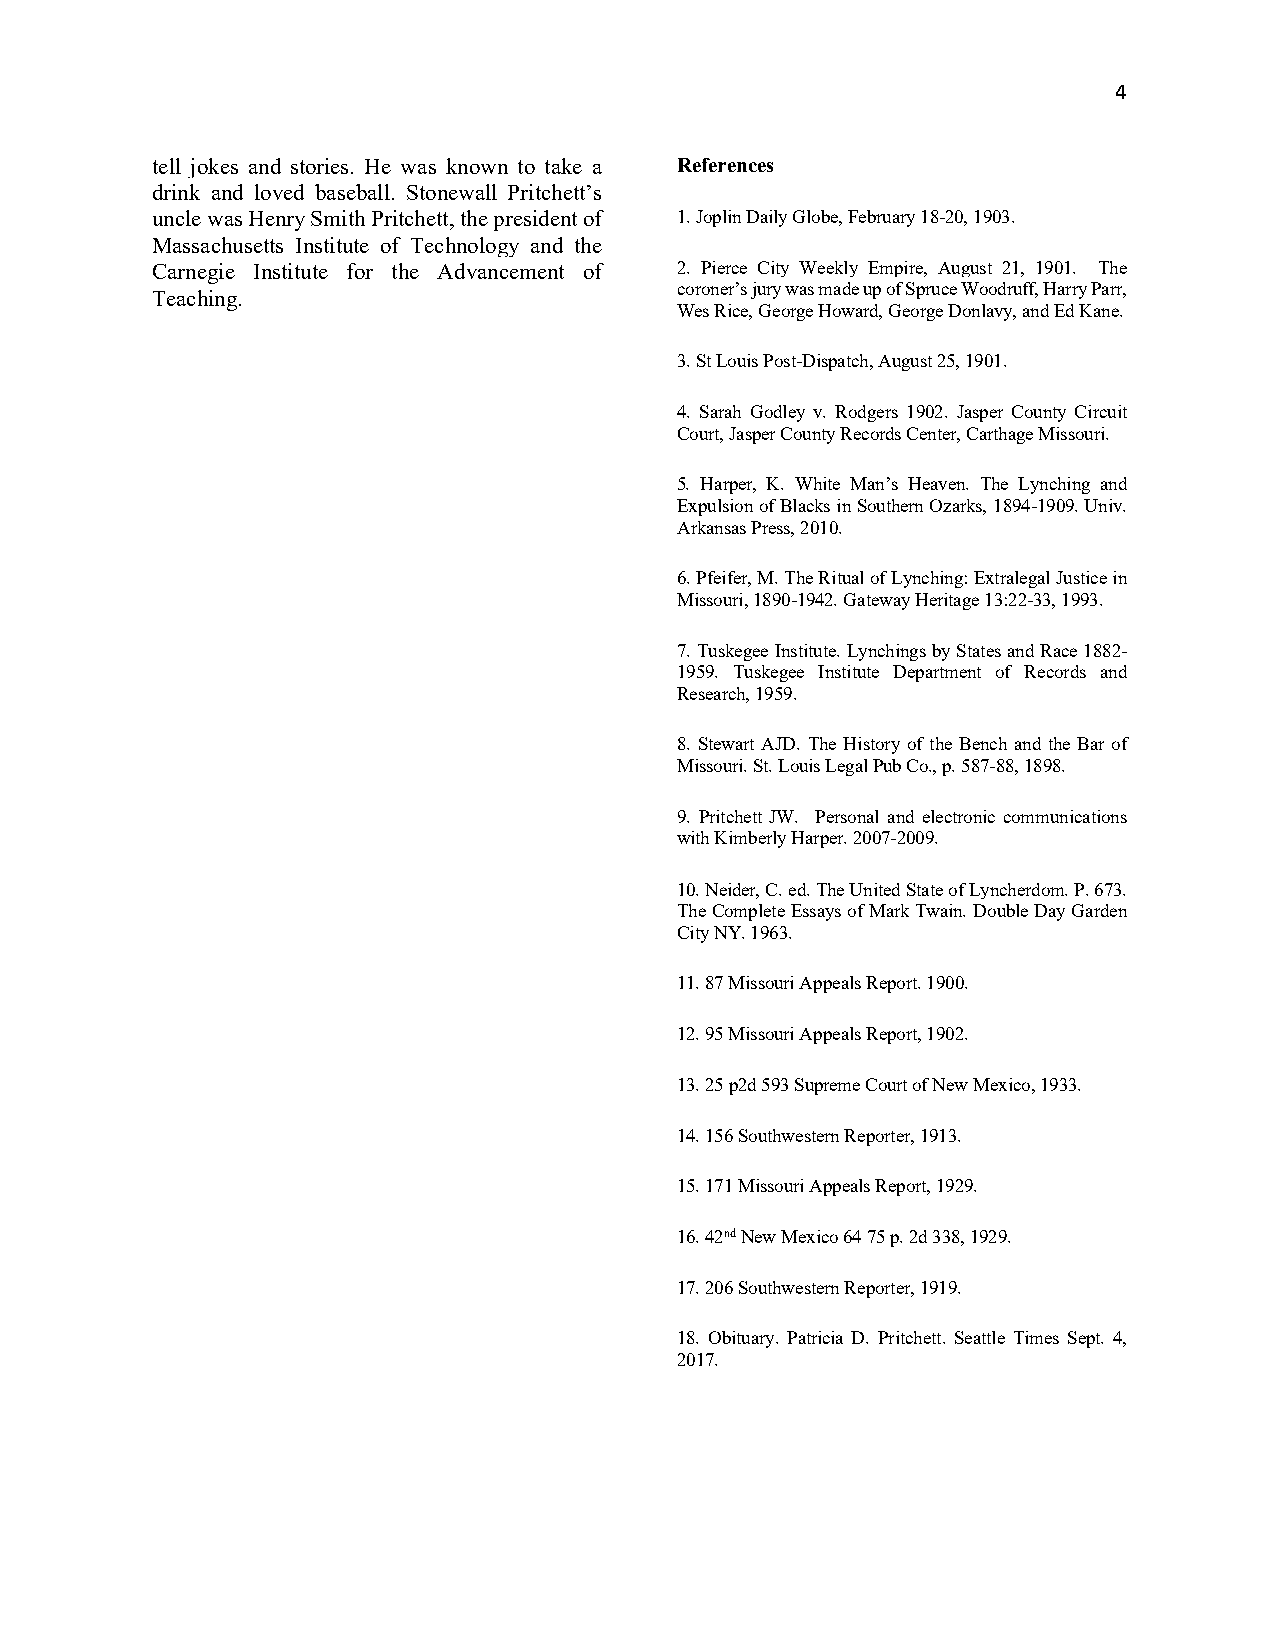
4
 tell jokes and stories. He was known to take a References
 drink and loved baseball. Stonewall Pritchett’s
 uncle was Henry Smith Pritchett, the president of 1. Joplin Daily Globe, February 18-20, 1903.
 Massachusetts Institute of Technology and the
 Carnegie Institute for the Advancement of 2. Pierce City Weekly Empire, August 21, 1901. The
 coroner’s jury was made up of Spruce Woodruff, Harry Parr,
 Teaching.
 Wes Rice, George Howard, George Donlavy, and Ed Kane.
 3. St Louis Post-Dispatch, August 25, 1901.
 4. Sarah Godley v. Rodgers 1902. Jasper County Circuit
 Court, Jasper County Records Center, Carthage Missouri.
 5. Harper, K. White Man’s Heaven. The Lynching and
 Expulsion of Blacks in Southern Ozarks, 1894-1909. Univ.
 Arkansas Press, 2010.
 6. Pfeifer, M. The Ritual of Lynching: Extralegal Justice in
 Missouri, 1890-1942. Gateway Heritage 13:22-33, 1993.
 7. Tuskegee Institute. Lynchings by States and Race 1882-
 1959. Tuskegee Institute Department of Records and
 Research, 1959.
 8. Stewart AJD. The History of the Bench and the Bar of
 Missouri. St. Louis Legal Pub Co., p. 587-88, 1898.
 9. Pritchett JW. Personal and electronic communications
 with Kimberly Harper. 2007-2009.
 10. Neider, C. ed. The United State of Lyncherdom. P. 673.
 The Complete Essays of Mark Twain. Double Day Garden
 City NY. 1963.
 11. 87 Missouri Appeals Report. 1900.
 12. 95 Missouri Appeals Report, 1902.
 13. 25 p2d 593 Supreme Court of New Mexico, 1933.
 14. 156 Southwestern Reporter, 1913.
 15. 171 Missouri Appeals Report, 1929.
 16. 42nd New Mexico 64 75 p. 2d 338, 1929.
 17. 206 Southwestern Reporter, 1919.
 18. Obituary. Patricia D. Pritchett. Seattle Times Sept. 4,
 2017.